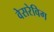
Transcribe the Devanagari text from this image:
वेसरेविग